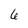
Character: 6